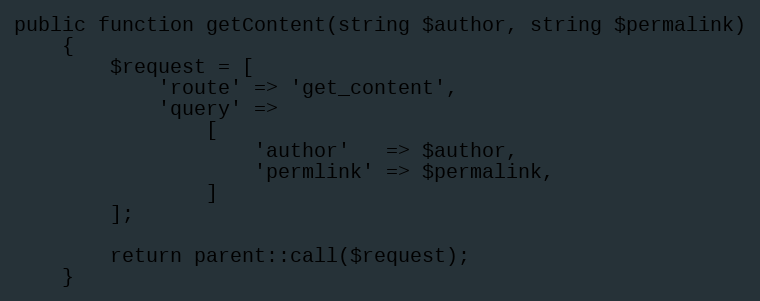
Language: PHP
public function getContent(string $author, string $permalink)
    {
        $request = [
            'route' => 'get_content',
            'query' =>
                [
                    'author'   => $author,
                    'permlink' => $permalink,
                ]
        ];

        return parent::call($request);
    }